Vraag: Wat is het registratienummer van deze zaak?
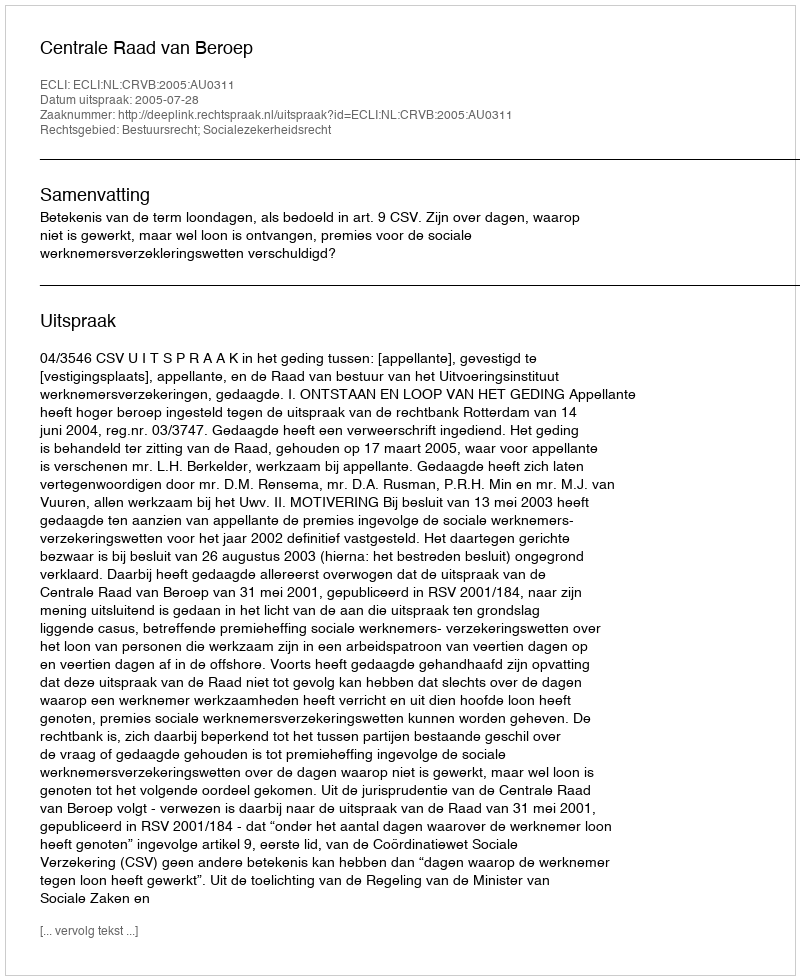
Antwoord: http://deeplink.rechtspraak.nl/uitspraak?id=ECLI:NL:CRVB:2005:AU0311